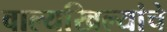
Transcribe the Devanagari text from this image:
वाल्यखिल्यांचे